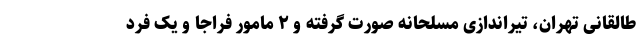
طالقانی تهران، تیراندازی مسلحانه صورت گرفته و ۲ مامور فراجا و یک فرد